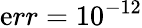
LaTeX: \mathrm{e}rr=10^{-12}